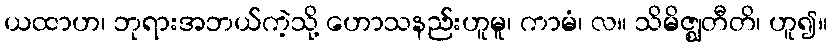
ယထာဟ၊ ဘုရားအဘယ်ကဲ့သို့ ဟောသနည်းဟူမူ၊ ကာမံ၊ လ။ သိမိဇ္ဈတီတိ၊ ဟူ၍။